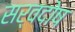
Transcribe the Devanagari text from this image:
सर्वदोष